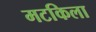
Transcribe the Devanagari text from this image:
मटकिला